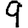
Digit: 9